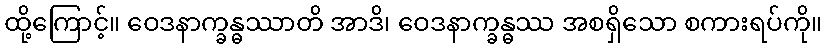
ထို့ကြောင့်။ ဝေဒနာက္ခန္ဓဿာတိ အာဒိ၊ ဝေဒနာက္ခန္ဓဿ အစရှိသော စကားရပ်ကို။